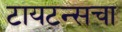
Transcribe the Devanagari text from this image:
टायटन्सचा